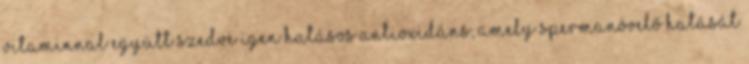
vitaminnal együtt szedve igen hatásos antioxidáns, amely spermanövelő hatását